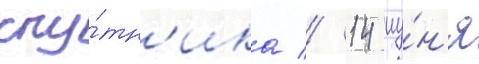
спу́тн'ика // 14 иу́н'я